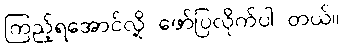
ကြည့်ရအောင်လို့ ဖော်ပြလိုက်ပါ တယ်။